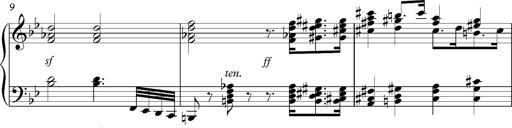
Title: Marche funÃ¨bre, S.226a
Composer: Franz Liszt
Key: G minor